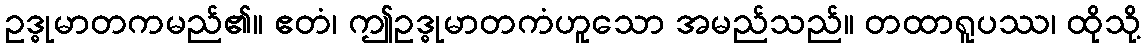
ဥဒ္ဓုမာတကမည်၏။ ဧတံ၊ ဤဥဒ္ဓုမာတကံဟူသော အမည်သည်။ တထာရူပဿ၊ ထိုသို့